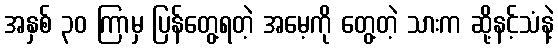
အနှစ် ၃၀ ကြာမှ ပြန်တွေ့ရတဲ့ အမေ့ကို တွေ့တဲ့ သားက ဆို့နင့်သံနဲ့